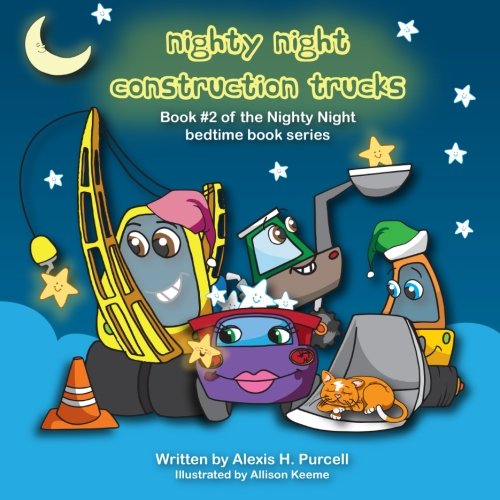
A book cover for Nighty Night Construction Trucks; Alexis H. Purcell; Children's Books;